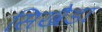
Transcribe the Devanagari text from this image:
सिखैडा